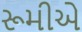
રૂમીએ